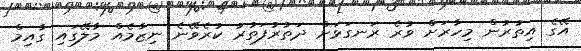
އޭގެ އިތުރުން މިހާރަށް ވުރެ ރަނގަޅަށް ދަތުރުފަތުރު ކުރެވޭނެ ނިޒާމެއް މާލޭގައި ގާއިމް